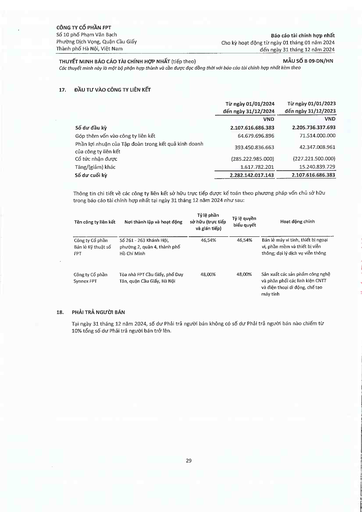
||Từ ngày 01/01/2024 đến ngày 31/12/2024|Từ ngày 01/01/2023 đến ngày 31/12/2023| |---|---|---| ||VND|VND| |Số dư đầu kỳ|2.107.616.686.383|2.205.736.337.693| |Góp thêm vốn vào công ty liên kết|64.679.696.896|71.514.000.000| |Phần lợi nhuận của Tập đoàn trong kết quả kinh doanh của công ty liên kết|393.450.836.663|42.347.008.961| |Cổ tức nhận được|(285.222.985.000)|(227.221.500.000)| |Tăng/(giảm) khác|1.617.782.201|15.240.839.729| |Số dư cuối kỳ|2.282.142.017.143|2.107.616.686.383| |Tên công ty liên kết|Nơi thành lập và hoạt động|Tỷ lệ phần sở hữu (trực tiếp và gián tiếp)|Tỷ lệ quyền biểu quyết|Hoạt động chính| |---|---|---|---|---| |Công ty Cổ phần Bán lẻ Kỹ thuật Số FPT|Số 261 - 263 Khánh Hội, phường 2, quận 4, thành phố Hồ Chí Minh|46,54%|46,54%|Bán lẻ máy vi tính, thiết bị ngoại vi, phần mềm và thiết bị viễn thông; đại lý dịch vụ viễn thông| |Công ty Cổ phần Synnex FPT|Tòa nhà FPT Cầu Giấy, phố Duy Tân, quận Cầu Giấy, Hà Nội|48,00%|48,00%|Sản xuất các sản phẩm công nghệ và phân phối các linh kiện CNTT và điện thoại di động, chế tạo máy tính|